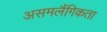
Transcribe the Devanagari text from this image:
असमलैंगिकता